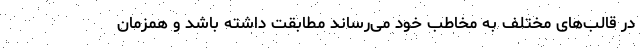
در قالب‌های مختلف به مخاطب خود می‌رساند مطابقت داشته باشد و همزمان